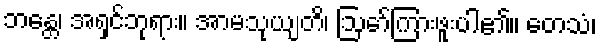
ဘန္တေ၊ အရှင်ဘုရား။ အာမသုယျတိ၊ ဩော်ကြားဖူးပါ၏။ တေသံ၊